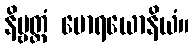
နိဗ္ဗတ္တံ မောရယောနိယံ။